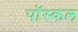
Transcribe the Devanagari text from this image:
पॉस्कल